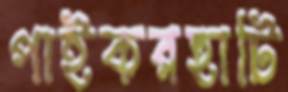
পাইকরহাটি